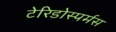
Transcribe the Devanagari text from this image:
टेरिडोस्पर्मस